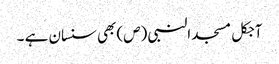
آجکل مسجد النبی (ص) بھی سنسان ہے ۔